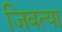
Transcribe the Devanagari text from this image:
जिवत्या